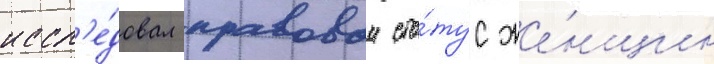
иссл'е́довал правовои ста́тус же́нщин